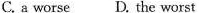
C. a worse D. The worst